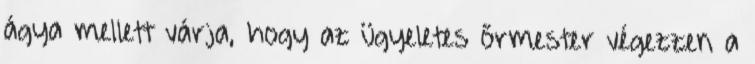
ágya mellett várja, hogy az ügyeletes őrmester végezzen a